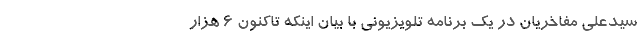
سیدعلی مفاخریان در یک برنامه تلویزیونی با بیان اینکه تاکنون ۶ هزار